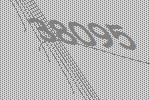
38095